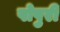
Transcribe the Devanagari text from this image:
पोपुरी